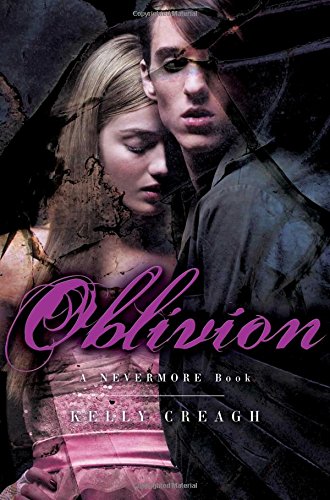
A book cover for Oblivion: A Nevermore Book; Kelly Creagh; Teen & Young Adult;